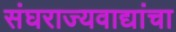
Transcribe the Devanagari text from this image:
संघराज्यवाद्यांचा